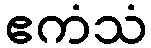
ဧကံသံ